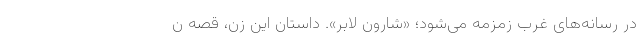
در رسانه‌های غرب زمزمه می‌شود؛ «شارون لابر». داستان این زن، قصه ن